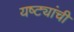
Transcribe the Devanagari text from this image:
यष्ट्यांची